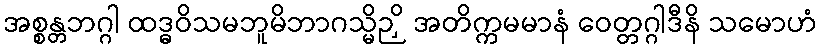
အစ္စန္တဘဂ္ဂါ ထဒ္ဓဝိသမဘူမိဘာဂသ္မိဉှိ အတိက္ကမမာနံ ဝေတ္တဂ္ဂါဒီနိ သမောဟံ